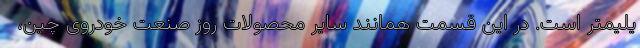
یلیمتر است. در این قسمت همانند سایر محصولات روز صنعت خودروی چین،